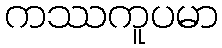
ကဿကူပမာ